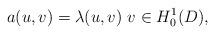
LaTeX: \begin{align*}a(u,v)=\lambda(u,v)~v\in H^1_0(D),\end{align*}